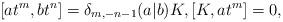
LaTeX: \begin{align*}[a t^m,b t^n] = \delta_{m,-n-1}(a|b)K, [K,a t^m] = 0,\end{align*}